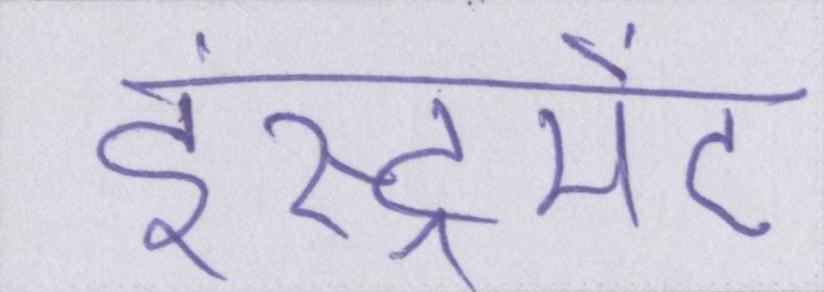
इंस्ट्रूमेंट